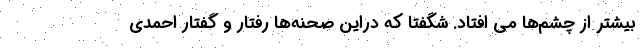
بیشتر از چشم‌ها می افتاد. شگفتا که دراین صحنه‌ها رفتار و گفتار احمدی